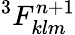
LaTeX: ^3F_{klm}^{n+1}